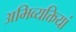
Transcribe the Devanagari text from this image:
अभिव्‍यक्तियां